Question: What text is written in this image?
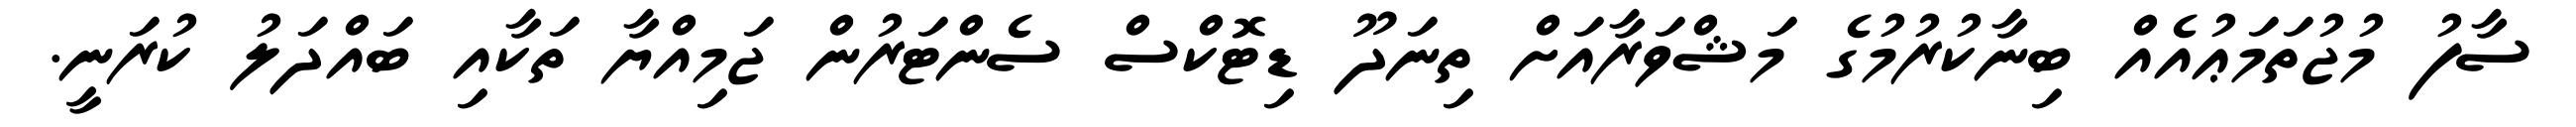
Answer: ސާފު މުޖުތަމަޢުއެއް ބިނާކުރުމުގެ މަޝްވަރާއަށް ތިނަދޫ ޑިޓޮކްސް ސެންޓަރުން ޖަމިއްޔާ ތަކާއި ބައްދަލު ކުރަނީ.